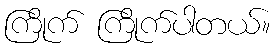
ကြိုက် ကြိုက်ပါတယ်။